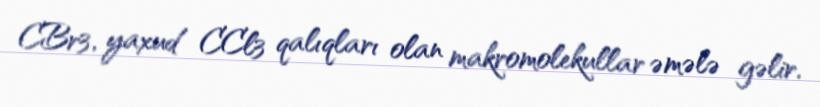
CBr3, yaxud CCl3 qalıqları olan makromolekullar əmələ gəlir.